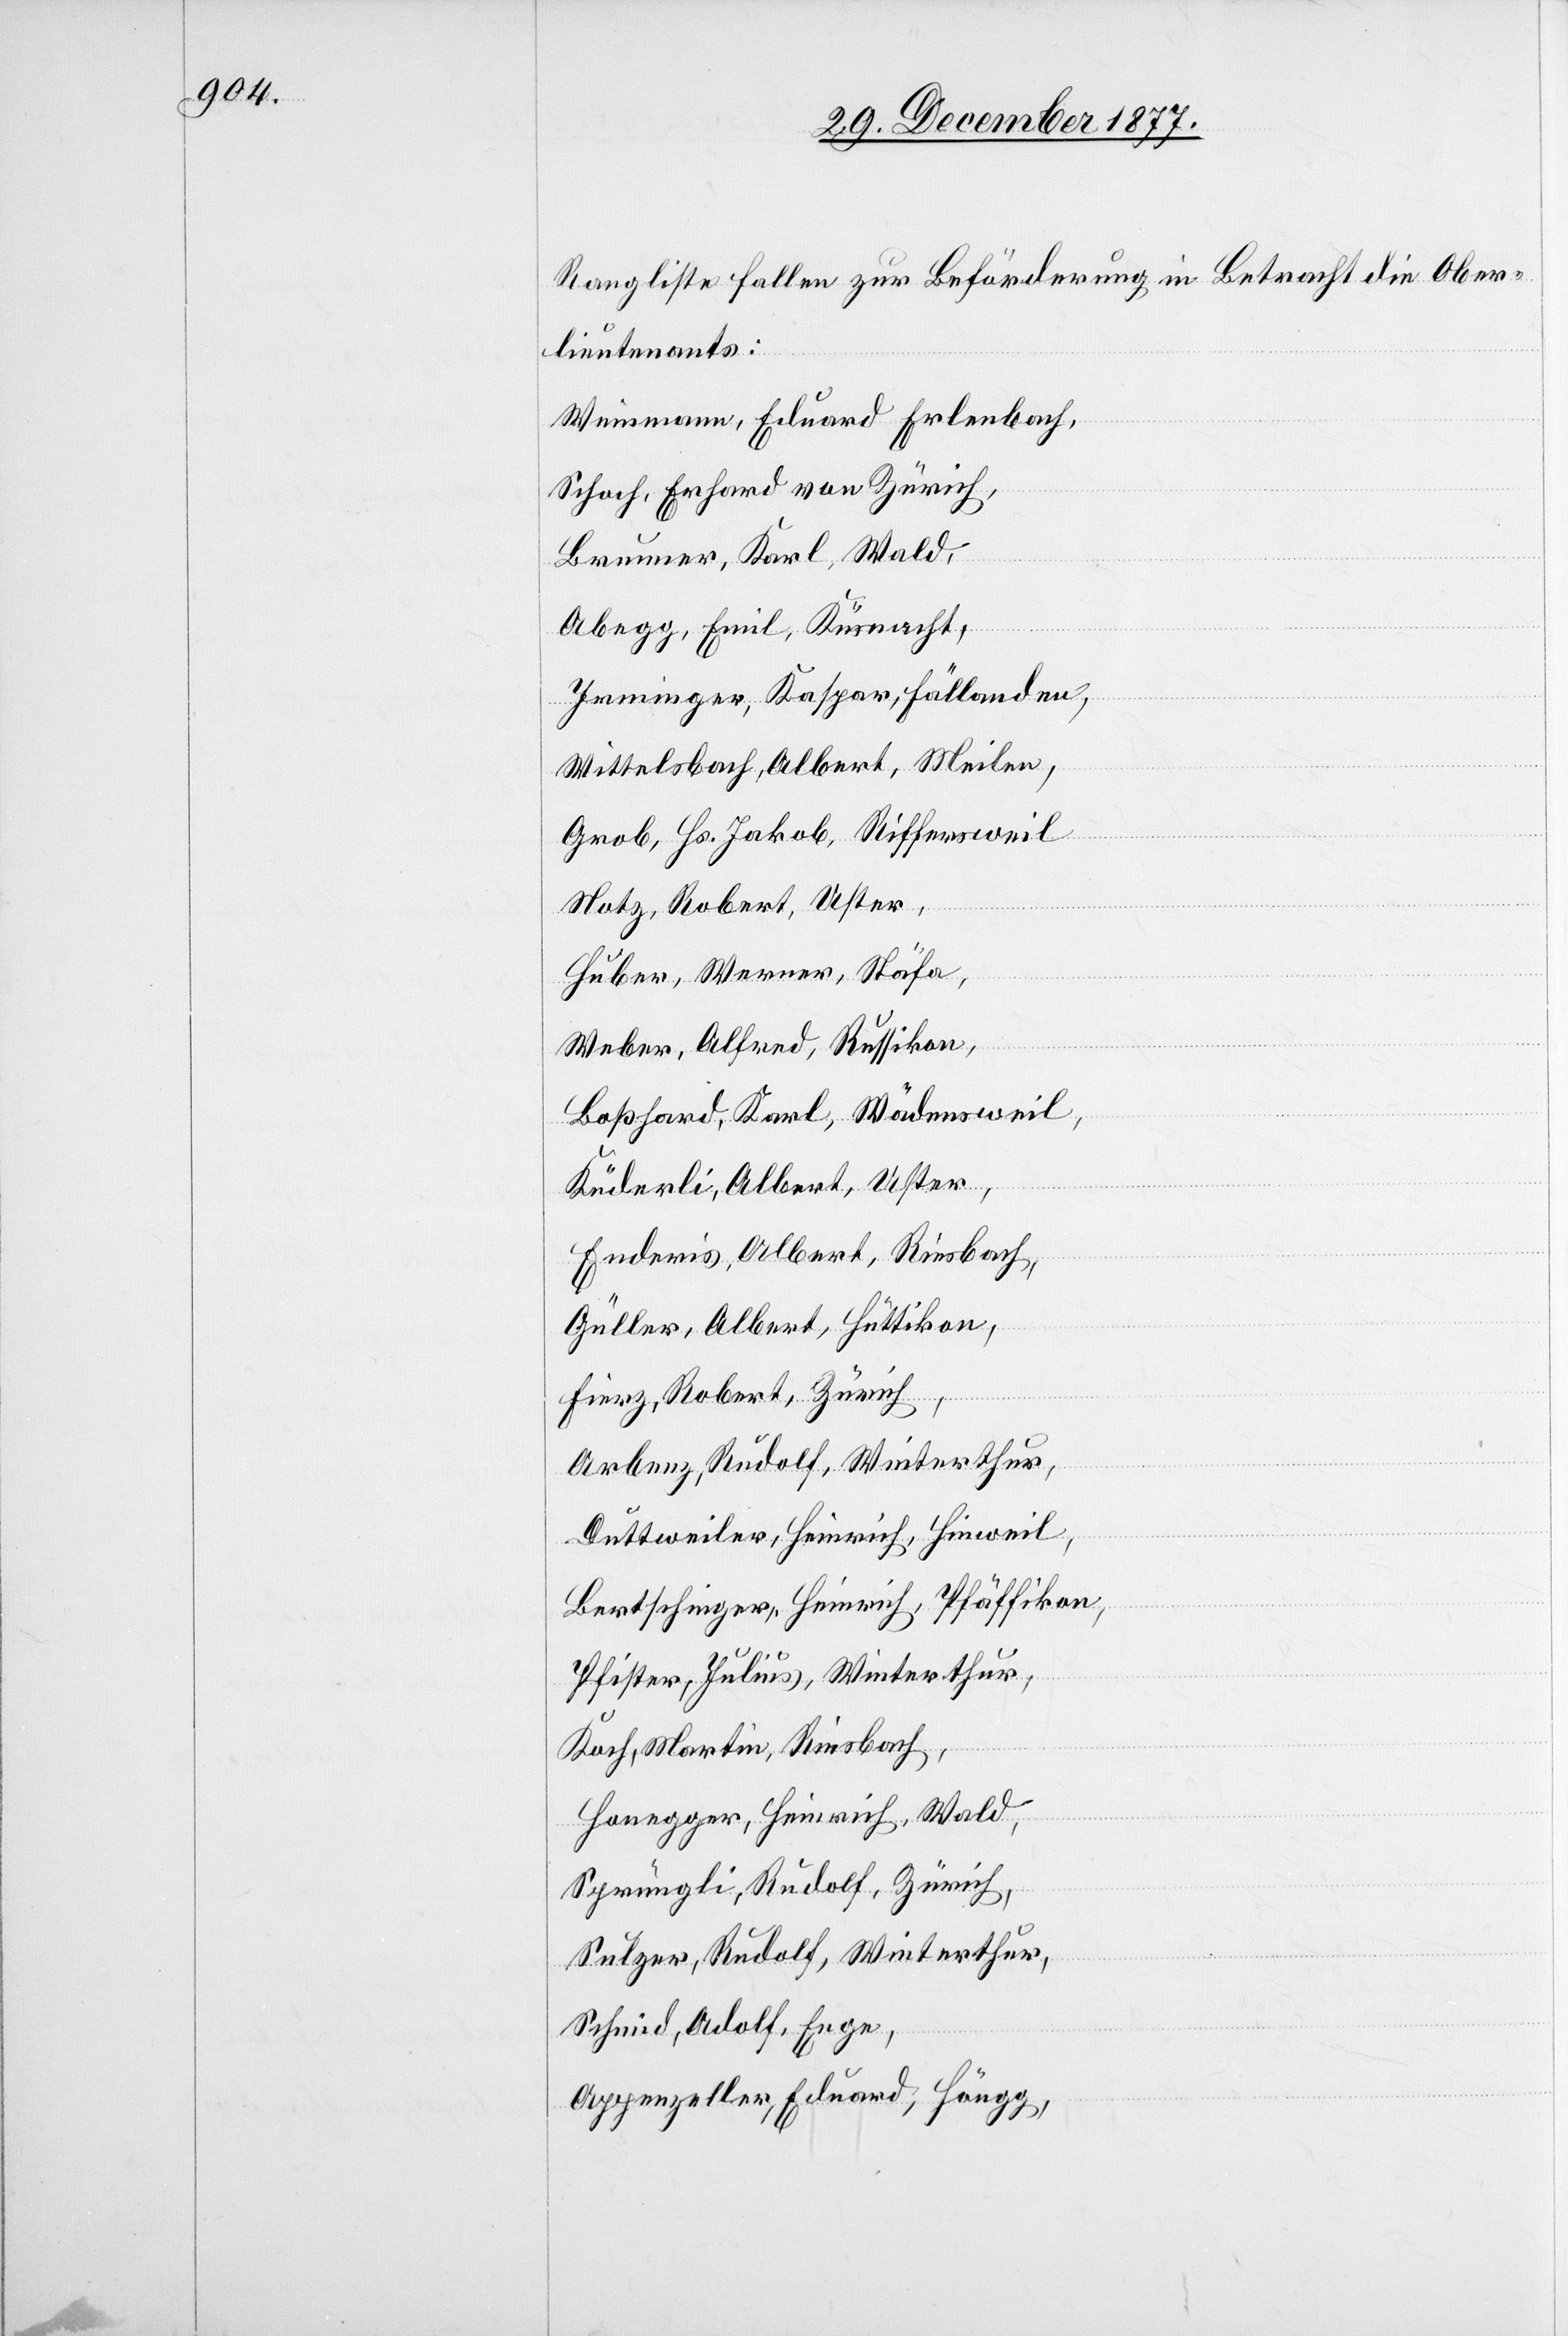
Rangliste fallen zur Beförderung in Betracht die Ober¬
lieutenants:
Weinmann, Eduard Erlenbach,
Schoch, Erhard von Zürich,
Brunner, Karl, Wald,
Abegg, Emil, Küsnacht,
Irminger, Kaspar, Fällanden,
Wittelsbach, Albert, Meilen,
Grob, Hs. Jakob, Riffersweil
Notz, Robert, Uster,
Huber, Werner, Stäfa,
Weber, Alfred, Russikon,
Boßhard, Karl, Wädensweil,
Küderli, Albert, Uster,
Enderis, Albert, Riesbach,
Güller, Albert, Hüttikon,
Fierz, Robert, Zürich,
Arbenz, Rudolf, Winterthur,
Duttweiler, Heinrich, Hinweil,
Bertschinger, Heinrich, Pfäffikon,
Pfister, Julius, Winterthur,
Koch, Martin, Riesbach,
Honegger, Heinrich, Wald,
Sprüngli, Rudolf, Zürich,
Sulzer, Rudolf, Winterthur,
Schmid, Adolf, Enge,
Appenzeller, Eduard, Höngg,